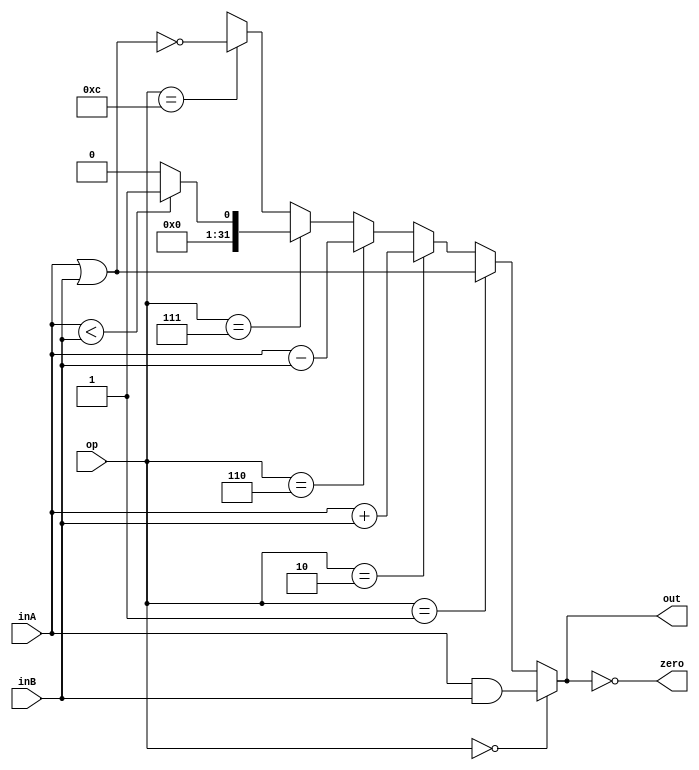
// `include "constants.h"
`timescale 1ns/1ps
`define tpd 1

// Small ALU. Inputs: inA, inB. Output: out. 
// Operations: bitwise and (op = 0)
//             bitwise or  (op = 1)
//             addition (op = 2)
//             subtraction (op = 6)
//             slt  (op = 7)
//             nor (op = 12)
//
// ToDo: Complete the dots
//

module ALU #(parameter N=32) (out, zero, inA, inB, op);
  output [N-1:0] out;
  output zero;
  input  [N-1:0] inA, inB;
  input    [3:0] op;

  assign out = 
			(op == 4'b0000) ?  inA & inB :
			(op == 4'b0001) ?  inA | inB :
			(op == 4'b0010) ?  inA + inB : 
			(op == 4'b0110) ? inA - inB : 
			(op == 4'b0111) ? ((inA < inB) ? 1 : 0) : 
			(op == 4'b1100) ? ~( inA | inB) :
			'bx;

  assign zero = (out == 0); // This is used to make sure that the output is intentionally zero
							// and not that there is no power in the circuit
endmodule


// Register File. Read ports: address raA, data rdA
//                            address raB, data rdB
//                Write port: address wa, data wd, enable wen.
module RegFile (clock, reset, raA, raB, wa, wen, wd, rdA, rdB);
  input  clock, reset;
  input   [4:0] raA, raB, wa;
  input         wen;
  input  [31:0] wd;
  output [31:0] rdA, rdB;
  integer i;
  
  reg [31:0] data[31:0];
  
  wire [31:0] rdA =  data[raA];
  wire [31:0] rdB = data[raB];

  
  // Make sure  that register file is only written at the negative edge of the clock 
  always @(negedge clock or negedge reset) begin
	if (reset == 1'b0)
	  for (i = 0; i < 32; i = i+1)
		data[i] <= 0; 
	else if (wen == 1'b1 && wa != 5'b0)  // In MIPS, R0 should always remain 0
	  data[wa] <= wd;
  end

endmodule

/*
module ALU_RegFile #(parameter N=32) (zero, op ,clock, reset, raA, raB, wa, wen, wd);
	output zero;
	input    [3:0] op;

	input  clock, reset;
	input   [4:0] raA, raB, wa;
	input         wen;
	output wire  [31:0] wd;
	wire [31:0] rdA, rdB;

	RegFile MAIN_REGFILE(.clock(clock) ,.reset(reset) ,.raA(raA) ,.raB(raB) ,.wa(wa) ,.wen(wen), .wd(wd) ,.rdA(rdA) ,.rdB(rdB));
	ALU #(.N(32)) MAIN_ALU(.out(wd), .zero(zero), .inA(rdA), .inB(rdB), .op(op));



endmodule
*/